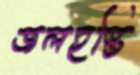
জলহস্তি